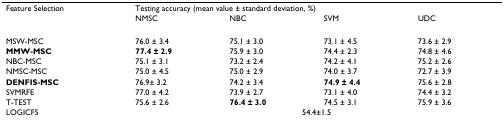
<table><thead><tr><td rowspan="2"><b>Feature Selection</b></td><td colspan="4"><b>Testing accuracy (mean value ± standard deviation, %)</b></td></tr><tr><td><b>NMSC</b></td><td><b>NBC</b></td><td><b>SVM</b></td><td><b>UDC</b></td></tr></thead><tbody><tr><td>MSW-MSC</td><td>76.0 ± 3.4</td><td>75.1 ± 3.0</td><td>73.1 ± 4.5</td><td>73.6 ± 2.9</td></tr><tr><td><b>MMW-MSC</b></td><td><b>77.4 ± 2.9</b></td><td>75.9 ± 3.0</td><td>74.4 ± 2.3</td><td>74.8 ± 4.6</td></tr><tr><td>NBC-MSC</td><td>75.1 ± 3.1</td><td>73.2 ± 2.4</td><td>74.2 ± 4.1</td><td>75.2 ± 2.6</td></tr><tr><td>NMSC-MSC</td><td>75.0 ± 4.5</td><td>75.0 ± 2.9</td><td>74.0 ± 3.7</td><td>72.7 ± 3.9</td></tr><tr><td><b>DENFIS-MSC</b></td><td>76.9± 3.2</td><td>74.2 ± 3.4</td><td><b>74.9 ± 4.4</b></td><td>75.6 ± 2.8</td></tr><tr><td>SVMRFE</td><td>77.0 ± 4.2</td><td>73.9 ± 2.7</td><td>73.1 ± 4.0</td><td>74.4 ± 3.2</td></tr><tr><td>T-TEST</td><td>75.6 ± 2.6</td><td><b>76.4 ± 3.0</b></td><td>74.5 ± 3.1</td><td>75.9 ± 3.6</td></tr><tr><td>LOGICFS</td><td colspan="4">54.4±1.5</td></tr></tbody></table>